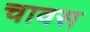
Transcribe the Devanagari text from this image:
चावस